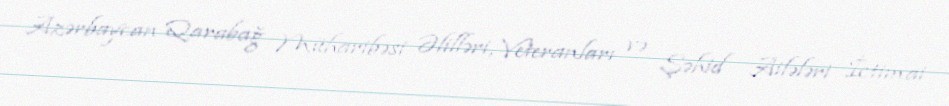
Azərbaycan Qarabağ Müharibəsi Əlilləri, Veteranları və Şəhid Ailələri İctimai